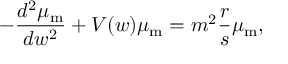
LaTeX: - \frac { d ^ { 2 } \mu _ { \mathrm { m } } } { d w ^ { 2 } } + V ( w ) \mu _ { \mathrm { m } } = m ^ { 2 } \frac { r } { s } \mu _ { \mathrm { m } } ,